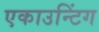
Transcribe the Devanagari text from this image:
एकाउन्टिंग